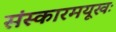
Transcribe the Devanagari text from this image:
संस्कारमयूखः